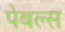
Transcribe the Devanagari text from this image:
पेबल्स